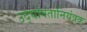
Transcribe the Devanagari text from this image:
उद्घोषतानियंत्रक